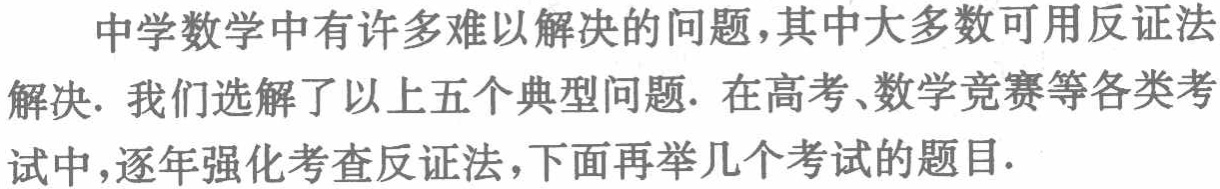
中学数学中有许多难以解决的问题,其中大多数可用反证法解决. 我们选解了以上五个典型问题. 在高考、数学竞赛等各类考试中,逐年强化考查反证法,下面再举几个考试的题目.